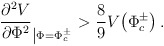
\begin{align*}\frac{\partial^2 V}{\partial \Phi^2}_{\left| \Phi = \Phi_c ^\pm\right. } > \frac{8}{9} V\!\left( \Phi_c ^\pm\right) .\end{align*}